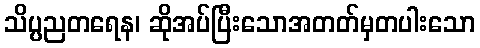
သိပ္ပညတရေန၊ ဆိုအပ်ပြီးသောအတတ်မှတပါးသော